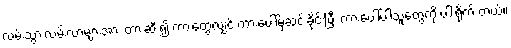
လမ်းသွားလမ်းလာများအား တားဆီး၍ ကားတွေ့လျှင် ကားပေါ်မှဆင်းခိုင်းပြီး ကားပေါ်ပါသူတွေကို ပါးရိုက် တယ်။